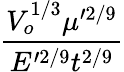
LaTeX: \frac{V_{o}^{1/3}\mu^{\prime 2/9}}{E^{\prime 2/9}t^{2/9}}